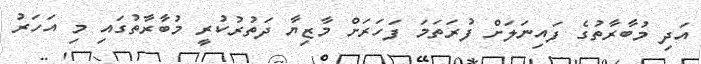
އަދި މުބާރާތުގެ ފައިނަލަށް ފުރަތަމަ ފަހަރަށް މާޒިޔާ ދަތުރުކުރީ މުބާރާތުގައި މި އަހަރު